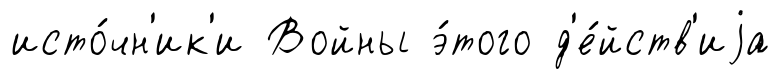
исто́чн'ик'и Войны э́того д'е́йств'иjа